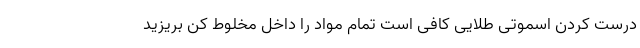
درست کردن اسموتی طلایی کافی است تمام مواد را داخل مخلوط کن بریزید